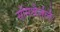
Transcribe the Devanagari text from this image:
संमिश्रैर्जलैः